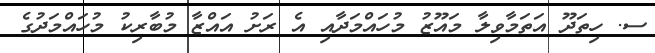
ސ. ހިތަދޫ އަތަމާވިލާ މައޫޒު މުހައްމަދާއި އެ ރަށު އައްޒާ މުބާރިކު މުހައްމަދުގެ